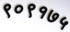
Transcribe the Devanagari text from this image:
९०९१७५